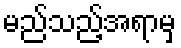
မည်သည့်အရာမှ